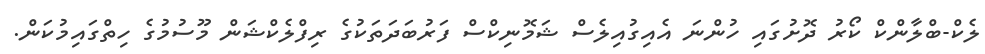
ލެކް-ބްލާންކް ކޯރު ދޮށުގައި ހުންނަ އެއިގުއިލެސް ޝަމޮނިކްސް ފަރުބަދަތަކުގެ ރިފްލެކްޝަން މޫސުމުގެ ހިތްގައިމުކަން.